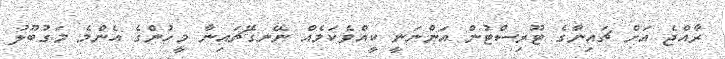
ރާއްޖެ އަށް ޗައިނާގެ ޓޫރިސްޓުން އަންނަނީ ކީއްވެކަމެއް ނޭނގޭޗައިނާ މީހުންގެ އެންމެ މަގުބޫލު